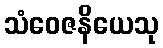
သံဝေဇနိယေသု